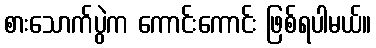
စားသောက်ပွဲက ကောင်းကောင်း ဖြစ်ရပါမယ်။